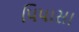
પિપાસા